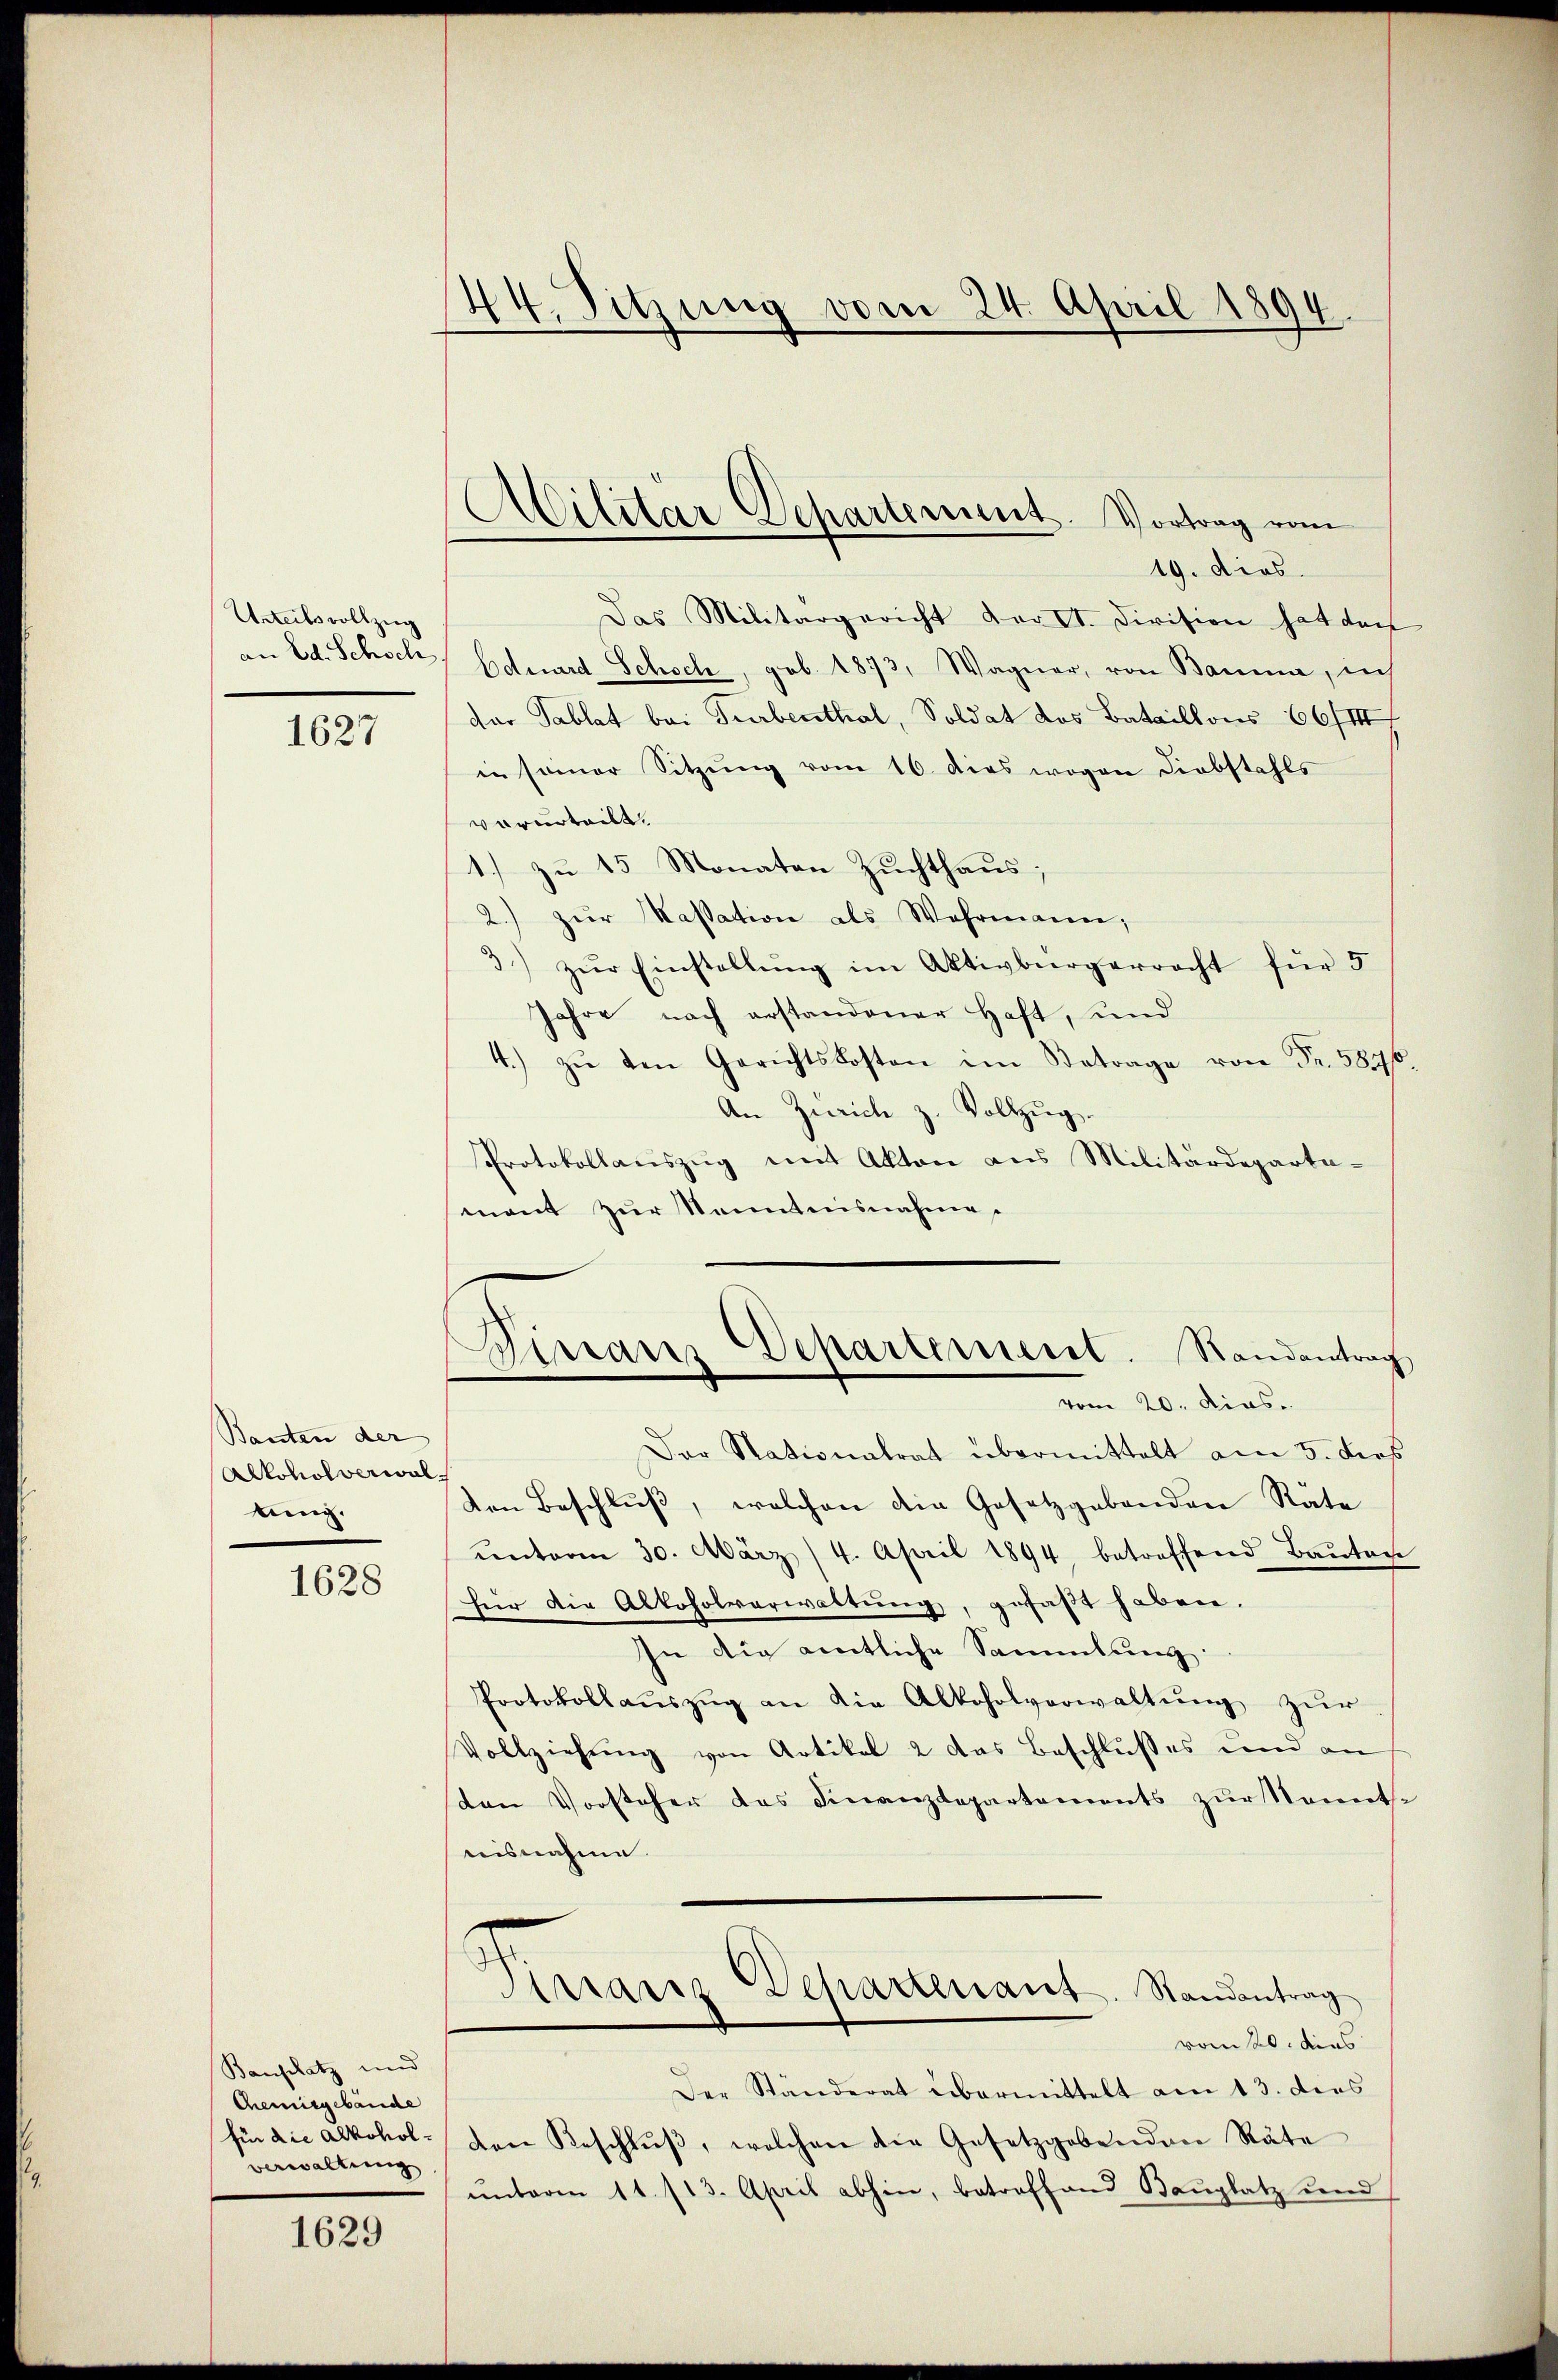
Urteilsvollzug
an Ed. Schoch

1627

Banten der
Alkoholverwal
ting.

1628

Bauplatz und
Chemisgebäude
für die Alkoholverwaltung

1629

44. Sitzung vom 24. April 1894.

Militär-Departement. Vortrag vom
19. dies

Das Militärgericht der C. Division hat das
Eduard Schoch, geb. 1873, Wagner, von Bauma, in
dar Tablat bei Turbenthal, Soldat des Bataillons 66/III
in seiner Sitzŭng vom 16. dies wogen Liebstahls
verurteilt.
1.) zu 15 Monaten Zuchthaus;
2.) zŭr Kassation als Wahrmann,
3) zŭr Einstellŭng im Aktivbürgerracht für 5
jahre nach erstandener Haft, und
4.) zŭ den Gerichtskosten im Betrage von Fr. 5876
An Zürich z. Vollzug.
Protokollauszug mit Akten aus Militärdeparta-
mant zur Kenntnisnahme.
Dinaus Departement. Randantrag
e
vom 20. Dias.
Der Stationalrat übermittelt am 5. dies
den Beschluß, welchen die Gesetzgebenden Räte
ŭnterm 30. März 4. April 1894 betreffend Baŭte
für die Alkoholverwaltung, gefaßt haben.
In die amtliche Sammlung.
Protokollaŭszŭg an die Alkoholverwaltŭng zŭr
Vollziehung von Artikel 2 das Beschlußes und an
den Vorsteher das Finanzdepartements zŭr Sonnt.
isnahme
Arariz Schartenant. Randantrag
vom 20. dens
Der Ständerat übermittelt am 13. dies
den Beschlŭβ, welchen die Gesetzgebenden Räte
ŭnterm 11. 113. April abhin, betreffend Bauplatz und